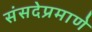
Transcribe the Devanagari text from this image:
संसदेप्रमाणे